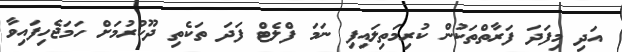
އަދި މިފަދަ ފަރާތްތަކުން ކުރިމަތިލައިފި ނަމަ ފްލެޓް ފަދަ ތަކެތި ދޫކުރުމަށް ހަމަޖެހިފައިވާ